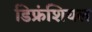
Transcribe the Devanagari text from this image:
डिफ्रंशियल